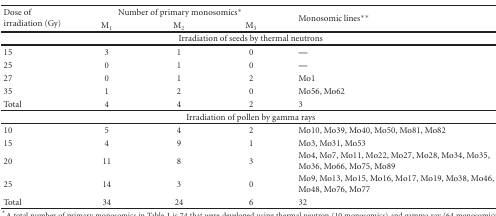
<table><thead><tr><td rowspan="2"><b>Dose of irradiation (Gy)</b></td><td colspan="3"><b>Number of primary monosomics*</b></td><td rowspan="2"><b>Monosomic lines**</b></td></tr><tr><td><b>M<sub>1</sub></b></td><td><b>M<sub>2</sub></b></td><td><b>M<sub>3</sub></b></td></tr></thead><tbody><tr><td colspan="5">Irradiation of seeds by thermal neutrons</td></tr><tr><td>15</td><td>3</td><td>1</td><td>0</td><td><b>—</b></td></tr><tr><td>25</td><td>0</td><td>1</td><td>0</td><td><b>—</b></td></tr><tr><td>27</td><td>0</td><td>1</td><td>2</td><td>Mo1</td></tr><tr><td>35</td><td>1</td><td>2</td><td>0</td><td>Mo56, Mo62</td></tr><tr><td>Total</td><td>4</td><td>4</td><td>2</td><td>3</td></tr><tr><td colspan="5">Irradiation of pollen by gamma rays</td></tr><tr><td>10</td><td>5</td><td>4</td><td>2</td><td>Mo10, Mo39, Mo40, Mo50, Mo81, Mo82</td></tr><tr><td>15</td><td>4</td><td>9</td><td>1</td><td>Mo3, Mo31, Mo53</td></tr><tr><td>20</td><td>11</td><td>8</td><td>3</td><td>Mo4, Mo7, Mo11, Mo22, Mo27, Mo28, Mo34, Mo35, Mo36, Mo66, Mo75, Mo89</td></tr><tr><td>25</td><td>14</td><td>3</td><td>0</td><td>Mo9, Mo13, Mo15, Mo16, Mo17, Mo19, Mo38, Mo46, Mo48, Mo76, Mo77</td></tr><tr><td>Total</td><td>34</td><td>24</td><td>6</td><td>32</td></tr></tbody></table>